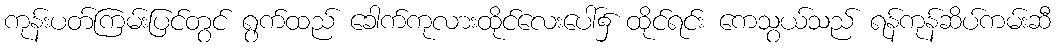
ကုန်းပတ်ကြမ်းပြင်တွင် ရွက်ထည် ခေါက်ကုလားထိုင်လေးပေါ်၌ ထိုင်ရင်း ကေသွယ်သည် ရန်ကုန်ဆိပ်ကမ်းဆီ